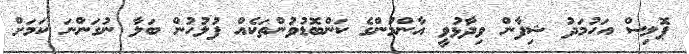
ޕޮލިސް އަހުމަދު ޝިފާން ވިދާޅުވީ އާންމުންގެ ކަންބޮޑުވުންތަކެއް ފުލުހުން ބަލާ ނުގަންނަ ކަމަށް